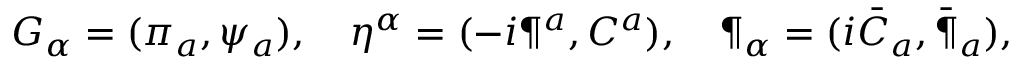
G _ { \alpha } = ( \pi _ { a } , \psi _ { a } ) , \quad \eta ^ { \alpha } = ( - i \P ^ { a } , C ^ { a } ) , \quad \P _ { \alpha } = ( i \bar { C } _ { a } , \bar { \P } _ { a } ) ,